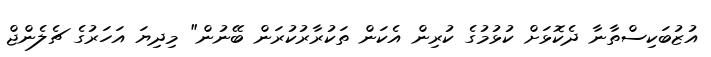
އުޒުބަކިސްތާނާ ދެކޮޅަށް ކުޅުމުގެ ކުރިން އެކަން ތަކުރާރުކުރަން ބޭނުން" މިދިޔަ އަހަރުގެ ޗެލެންޖް